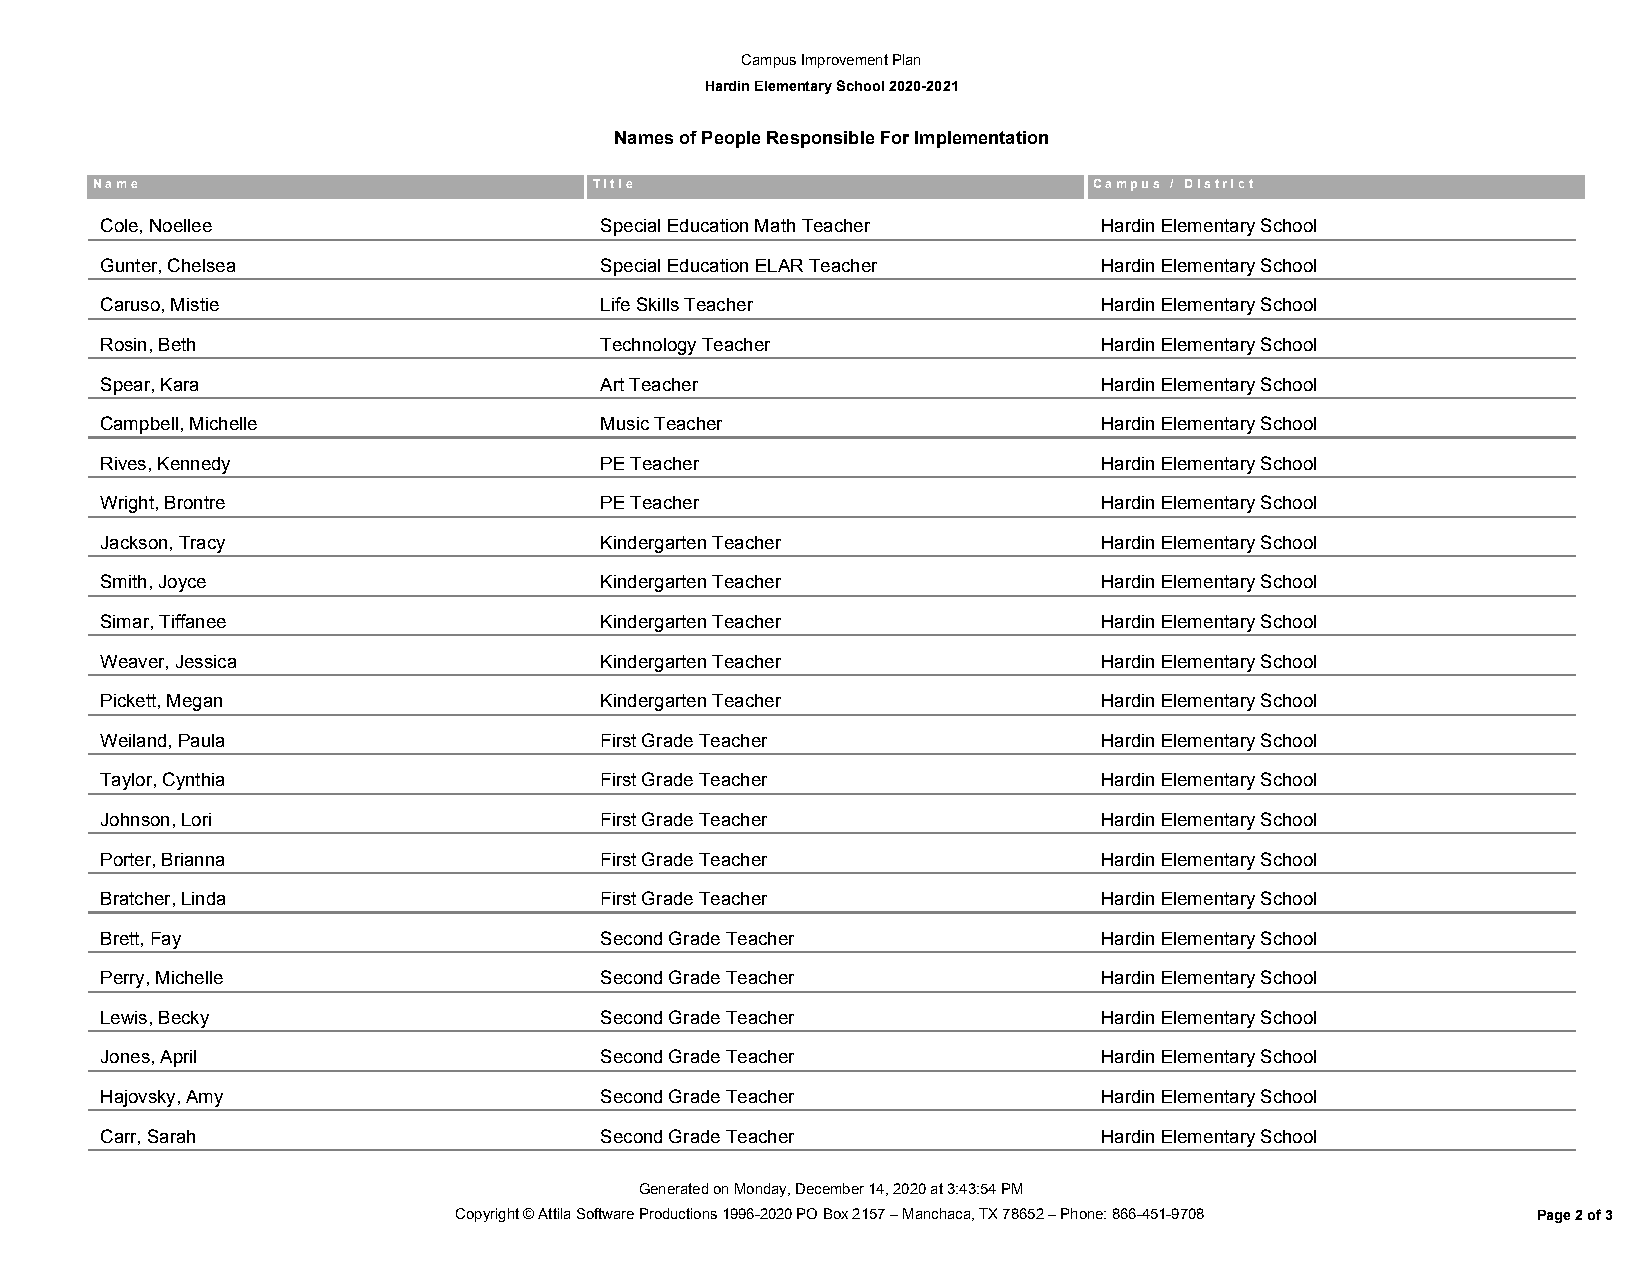
Campus Improvement Plan
 Hardin Elementary School 2020-2021
 Names of People Responsible For Implementation
 N a m e                          T i t l e                        C a m p u s / D i s t r i c t
 Cole, Noellee                    Special Education Math Teacher   Hardin Elementary School
 Gunter, Chelsea                  Special Education ELAR Teacher   Hardin Elementary School
 Caruso, Mistie                   Life Skills Teacher              Hardin Elementary School
 Rosin, Beth                      Technology Teacher               Hardin Elementary School
 Spear, Kara                      Art Teacher                      Hardin Elementary School
 Campbell, Michelle               Music Teacher                    Hardin Elementary School
 Rives, Kennedy                   PE Teacher                       Hardin Elementary School
 Wright, Brontre                  PE Teacher                       Hardin Elementary School
 Jackson, Tracy                   Kindergarten Teacher             Hardin Elementary School
 Smith, Joyce                     Kindergarten Teacher             Hardin Elementary School
 Simar, Tiffanee                  Kindergarten Teacher             Hardin Elementary School
 Weaver, Jessica                  Kindergarten Teacher             Hardin Elementary School
 Pickett, Megan                   Kindergarten Teacher             Hardin Elementary School
 Weiland, Paula                   First Grade Teacher              Hardin Elementary School
 Taylor, Cynthia                  First Grade Teacher              Hardin Elementary School
 Johnson, Lori                    First Grade Teacher              Hardin Elementary School
 Porter, Brianna                  First Grade Teacher              Hardin Elementary School
 Bratcher, Linda                  First Grade Teacher              Hardin Elementary School
 Brett, Fay                       Second Grade Teacher             Hardin Elementary School
 Perry, Michelle                  Second Grade Teacher             Hardin Elementary School
 Lewis, Becky                     Second Grade Teacher             Hardin Elementary School
 Jones, April                     Second Grade Teacher             Hardin Elementary School
 Hajovsky, Amy                    Second Grade Teacher             Hardin Elementary School
 Carr, Sarah                      Second Grade Teacher             Hardin Elementary School
 Generated on Monday, December 14, 2020 at 3:43:54 PM
 Copyright © Attila Software Productions 1996-2020 PO Box 2157 – Manchaca, TX 78652 – Phone: 866-451-9708 Page 2 of 3